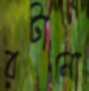
রটানো